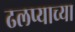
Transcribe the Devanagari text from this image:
ढलप्याच्या